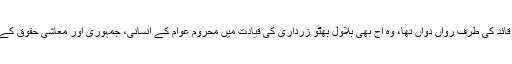
امیدوں کا وہ قافلہ جو مزارِ قائد کی طرف رواں دواں تھا، وہ آج بھی بلاول بھٹو زرداری کی قیادت میں محروم عوام کے انسانی، جمہوری اور معاشی حقوق کے حصول کیلئے پُرعزم ہے۔